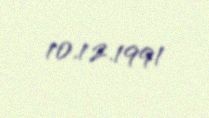
10.12.1991